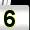
Digit: 5